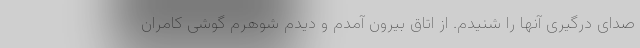
صدای درگیری آنها را شنیدم. از اتاق بیرون آمدم و دیدم شوهرم گوشی کامران